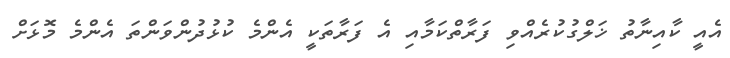
އެއީ ކާއިނާތު ޚަލްގުކުރެއްވި ފަރާތްކަމާއި އެ ފަރާތަކީ އެންމެ ކުޅުދުންވަންތަ އެންމެ މޮޅަށް